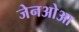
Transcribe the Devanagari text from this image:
जेनओआ